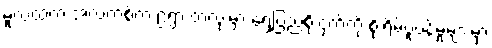
မူလထဲက အဲလက်စ်က ၉ရွာ တလုံးမှာ ရွှေပြည်စိုးငှက်ကို စိုးရိမ်ပူပန်မှုများမှာ